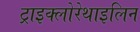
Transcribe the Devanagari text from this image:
ट्राइक्लोरेथाइलिन